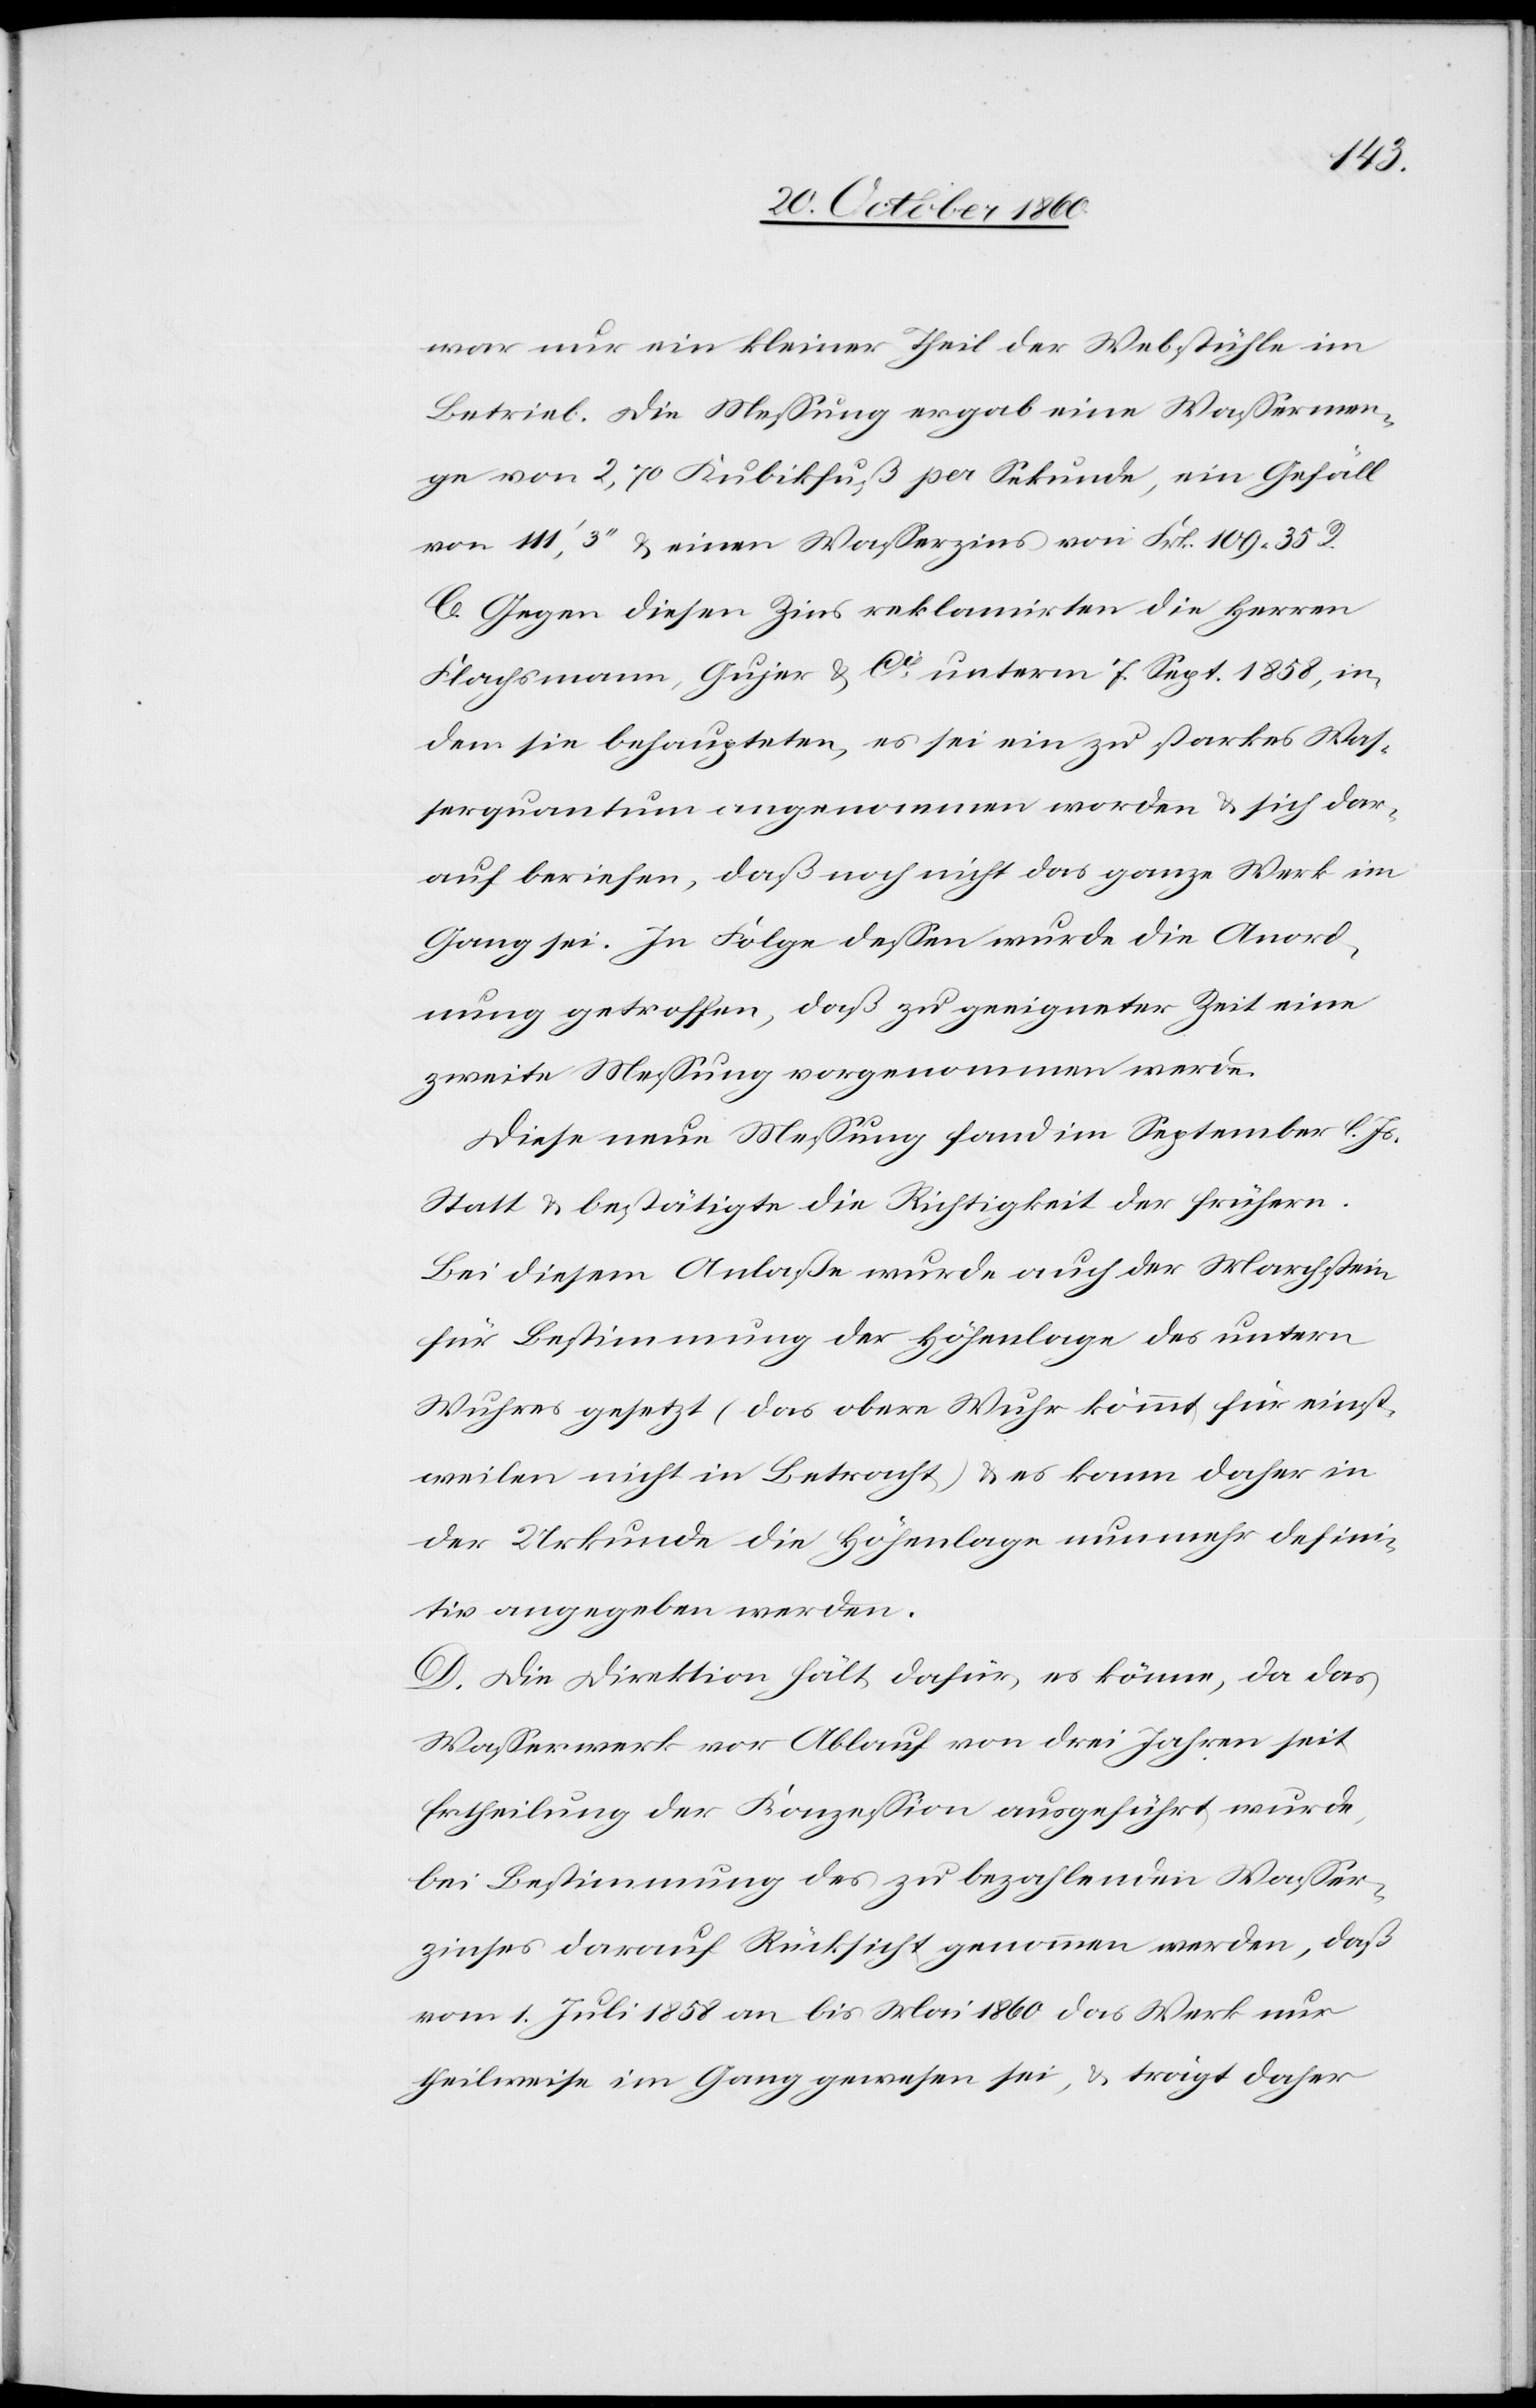
war nur ein kleiner Theil der Webstühle im
Betrieb. Die Messung ergab eine Wassermen¬
ge von 2,70 Kubikfuß per Sekunde, ein Gefäll
von 111’,3’’ u. einen Wasserzins von Frk. 109 35 R.
C. Gegen diesen Zins reklamirten die Herren
Flachsmann, Gujer u. Cie unterm 7. Sept. 1858, in¬
dem sie behaupteten, es sei ein zu starkes Was¬
serquantum angenommen worden u. sich dar¬
auf beriefen, daß noch nicht das ganze Werk im
Gang sei. In Folge dessen wurde die Anord¬
nung getroffen, daß zu geeigneter Zeit eine
zweite Messung vorgenommen werde.
Diese neue Messung fand im September l. Js.
Statt u. bestätigte die Richtigkeit der frühern.
Bei diesem Anlaße wurde auch der Marchstein
für Bestimmung der Höhenlage des untern
Wuhres gesetzt (das obere Wuhr kommt für einst¬
weilen nicht in Betracht) u. es kann daher in
der Urkunde die Höhenlage nunmehr defini¬
tiv angegeben werden.
D. Die Direktion hält dafür, es könne, da das
Wasserwerk vor Ablauf von drei Jahren seit
Ertheilung der Konzession ausgeführt wurde,
bei Bestimmung des zu bezahlenden Wasser¬
zinses darauf Rücksicht genommen werden, daß
vom 1. Juli 1858 an bis Mai 1860 das Werk nur
theilweise im Gang gewesen sei, u. trägt daher